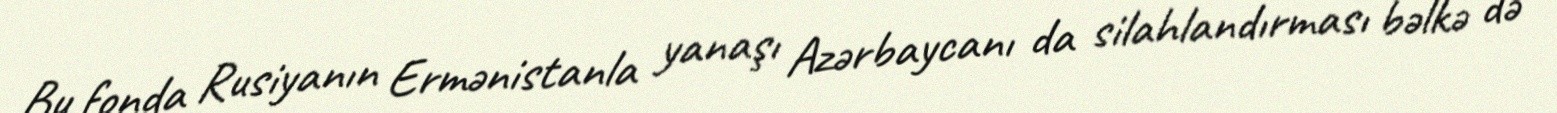
Bu fonda Rusiyanın Ermənistanla yanaşı Azərbaycanı da silahlandırması bəlkə də